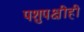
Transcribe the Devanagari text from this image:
पशुपक्षीही